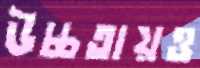
উচ্চতায়ও